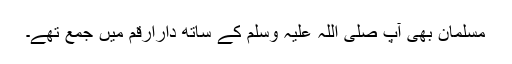
مسلمان بھی آپ صلی اللہ علیہ وسلم کے ساتھ دارارقم میں جمع تھے۔